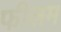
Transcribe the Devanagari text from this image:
फीलम